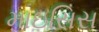
માઇસિસ